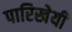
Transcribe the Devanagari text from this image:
पारिखेयी